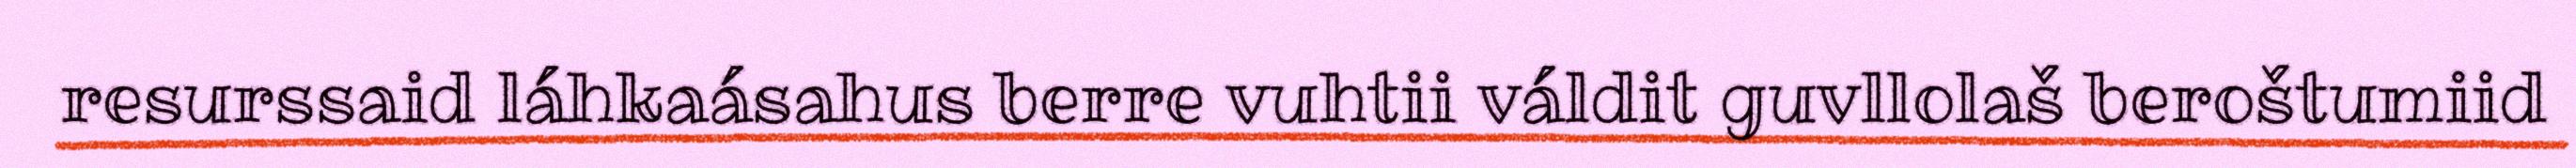
resurssaid láhkaásahus berre vuhtii váldit guvllolaš beroštumiid